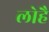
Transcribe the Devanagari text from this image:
लोहै